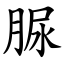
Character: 脲